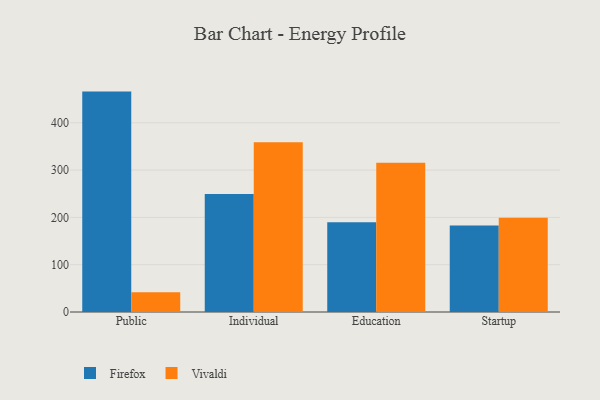
{"axis": {"x": "Segment", "y": "LTV (USD)"}, "legend": ["Firefox", "Vivaldi"], "data": [{"x": "Public", "y": 465.9, "type": "Firefox"}, {"x": "Public", "y": 41.9, "type": "Vivaldi"}, {"x": "Individual", "y": 249.6, "type": "Firefox"}, {"x": "Individual", "y": 358.7, "type": "Vivaldi"}, {"x": "Education", "y": 189.9, "type": "Firefox"}, {"x": "Education", "y": 315.3, "type": "Vivaldi"}, {"x": "Startup", "y": 183.0, "type": "Firefox"}, {"x": "Startup", "y": 199.0, "type": "Vivaldi"}]}